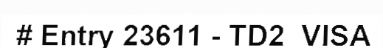
# Entry 23611 - TD2_VISA